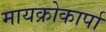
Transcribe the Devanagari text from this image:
मायक्रोकार्पा